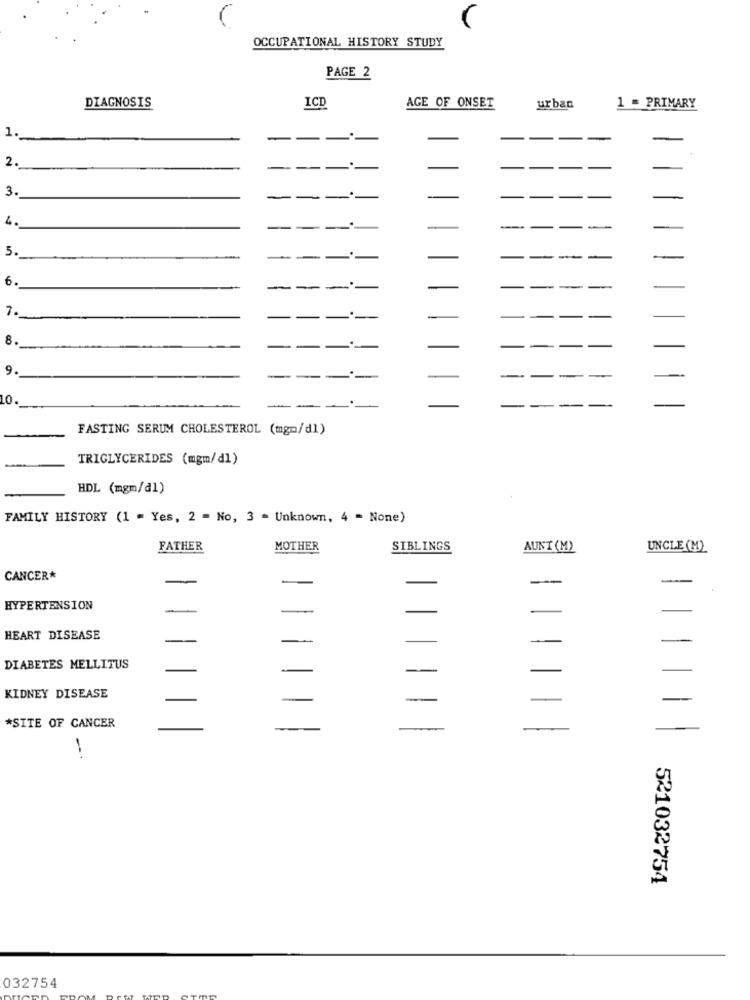
OCCUPATIONAL HISTORY STUDY
PAGE 2
DIAGNOSIS
AGE OF ONSET
ICD
urban
1 - PRIMARY
1
2.
3.
4.
-
5.
6.
7.
-
8.
9.
LO.
FASTING SERUM CHOLESTEROL (mgm/d1)
TRIGLYCERIDES (mgm/dl)
HDL (mgm/d1)
FAMILY HISTORY (1 = Yes, 2 - No, 3 = Unknown, 4 - None)
FATHER
MOTHER
SIBLINGS
AUNT (M)
UNCLE (M)
CANCER*
HYPERTENSION
-
HEART DISEASE
-
DIABETES MELLITUS
KIDNEY DISEASE
*SITE OF CANCER
--
521032754
032754